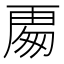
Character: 𭅍